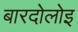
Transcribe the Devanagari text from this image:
बारदोलोइ